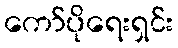
ကော်ပိုရေးရှင်း